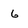
Character: 6